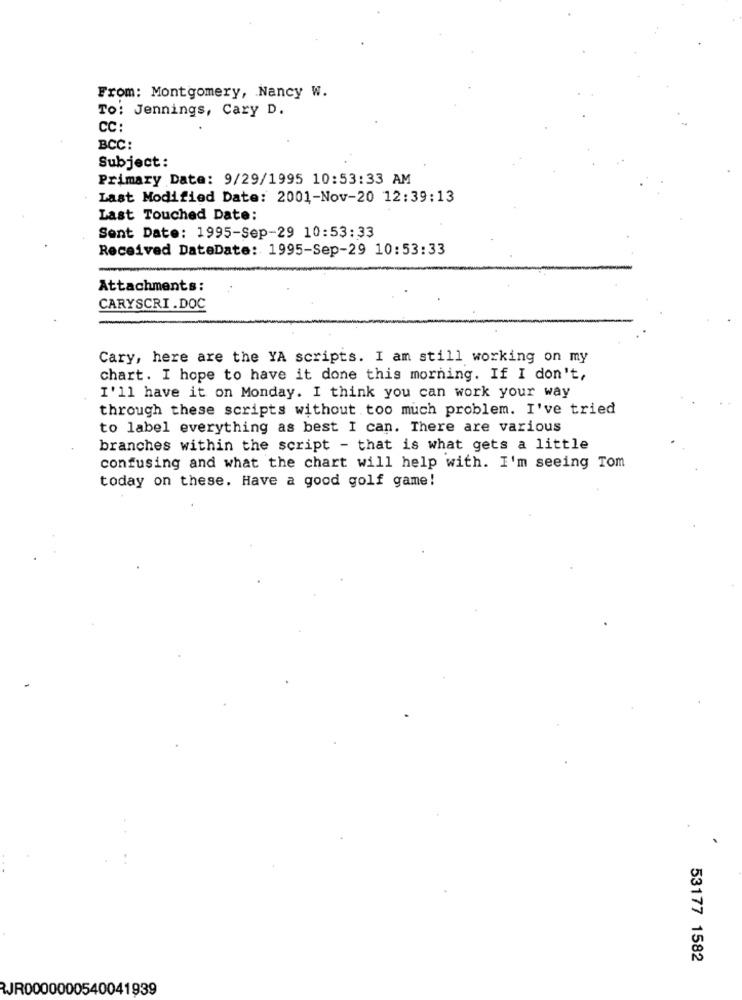
From: Montgomery, Nancy W.
To: Jennings, Cary D.
CC:
BCC:
Subject:
Primary Date: 9/29/1995 10:53:33 AM
Last Modified Date: 2001-Nov-20 12:39:13
Last Touched Date:
Sent Date: 1995-Sep-29 10:53:33
Received DateDate: 1995-Sep-29 10:53:33
Attachments:
CARYSCRI.DOC
Cary, here are the YA scripts. I am still working on my
chart. I hope to have it done this morning. If I don't,
I'll have it on Monday. I think you can work your way
through these scripts without too much problem. I've tried
to label everything as best I can. There are various
branches within the script - that is what gets a little
confusing and what the chart will help with. I'm seeing Tom
today on these. Have a good golf game!
53177 1582
RJR0000000540041939